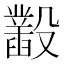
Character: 𣫞